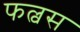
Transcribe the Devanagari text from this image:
फल्वस